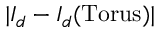
| I _ { d } - I _ { d } ( \mathrm { T o r u s } ) |